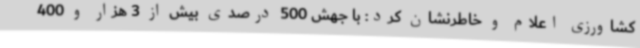
کشاورزی اعلام و خاطرنشان کرد: با جهش 500 درصدی بیش از 3 هزار و 400